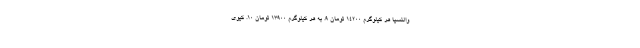
والنسیا هر کیلوگرم ۱۴۲۰۰ تومان ۹. بِه هر کیلوگرم ۱۳۹۰۰ تومان ۱۰. کیوی